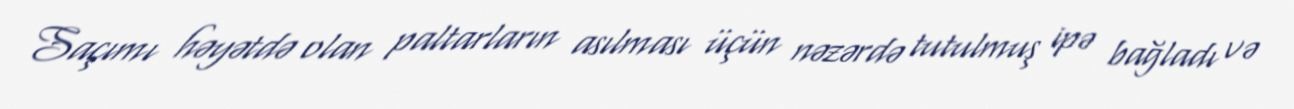
Saçımı həyətdə olan paltarların asılması üçün nəzərdə tutulmuş ipə bağladı və